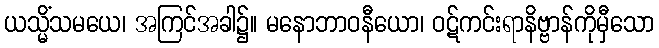
ယသ္မိံသမယေ၊ အကြင်အခါ၌။ မနောဘာဝနီယော၊ ဝဋ်ကင်းရာနိဗ္ဗာန်ကိုမှီသော